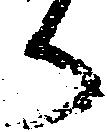
御